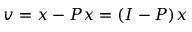
v = x - P x = ( I - P ) x